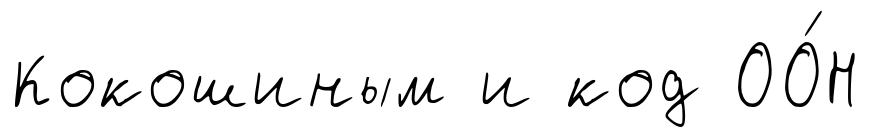
Кокошиным и код ОО́Н